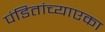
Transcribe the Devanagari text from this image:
पंडितांच्याएका